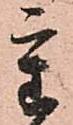
重